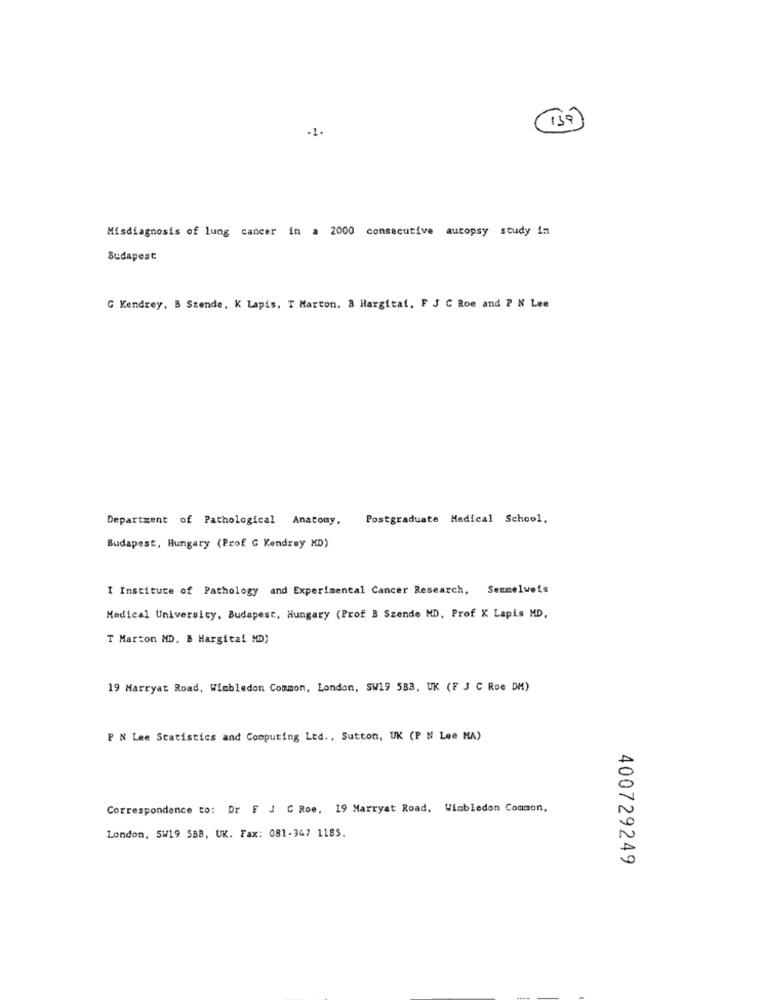
Misdiagnosis of lung cancer in a 2000 consecutive autopsy study in
Budapest
G Kendrey, B Szende, K Lapis. T Marton. 3 Hargitat, F J C Roe and P N Lee
Department of Pathological Anatomy.
Postgraduate Medical School.
Budapest, Hungary (Prof G Kendrey XD)
I Instituce of Pathology and Experimental Cancer Research, Semmelweis
Medical University, Budapest, Hungary (Prof B Szende MD, Prof K Lapis MD,
T Marton MD. B Hargital MD)
19 Marryat Road, Wimbledon Common, London, SW19 583, UK (F J C Roe DM)
P N Lee Statistics and Computing Ltd ., Sutton, UK (P N Lee MA)
Correspondence to: Dr F J C Roe, 19 Marryat Road, Wimbledon Common,
London, SW19 SBB, UK. Fax: 081-947 1185.
400729249